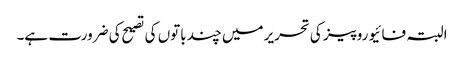
البتہ فائیو روپیز کی تحریر میں چند باتوں کی تصیح کی ضرورت ہے۔